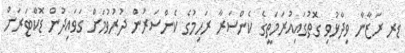
ޑރ ރަޒާނާ ވިދާޅުވި ގޮތުގައިއުރަމަތީގެ ކެންސަރާ ރަހިމުގެ ކެންސަރުން ދުރުވުމަށް ގަވައިދުން ޑޮކްޓަރަށް